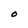
Character: 0